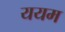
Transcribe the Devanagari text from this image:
ययम